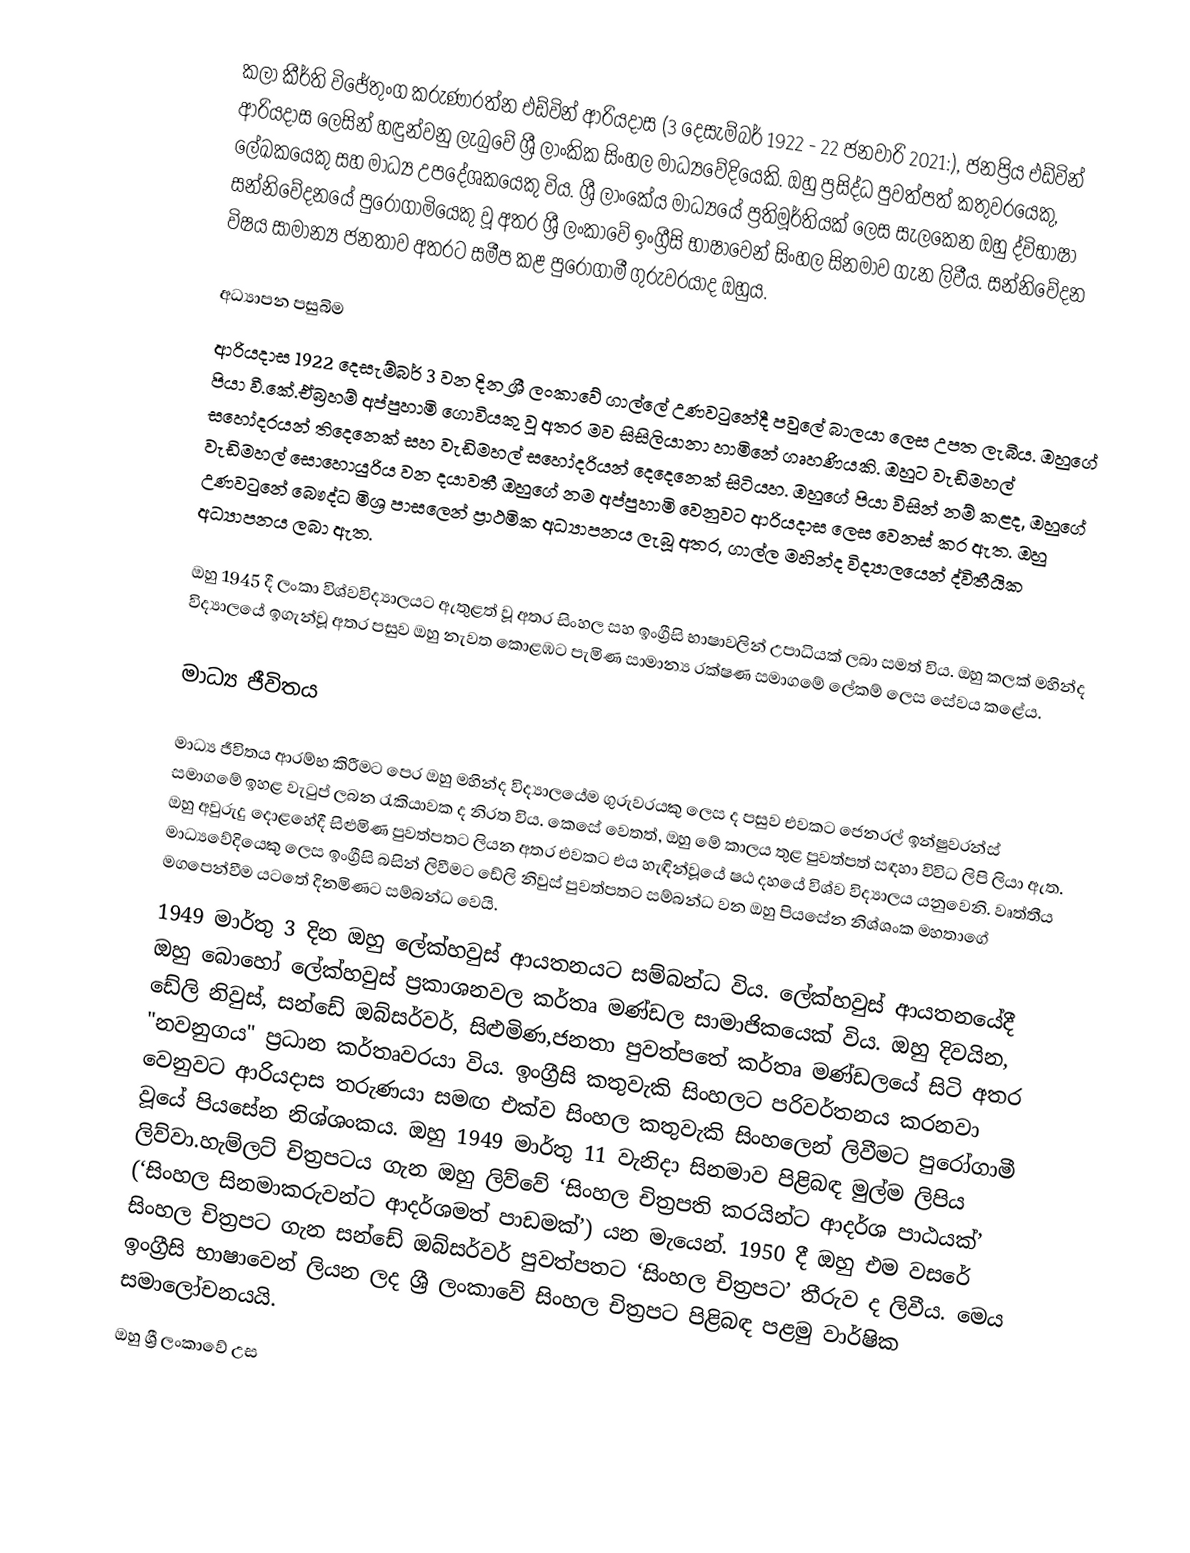
කලා කීර්ති විජේතුංග කරුණාරත්න එඩ්වින් ආරියදාස (3 දෙසැම්බර් 1922 - 22 ජනවාරි 2021:), ජනප්‍රිය එඩ්වින් ආරියදාස ලෙසින් හඳුන්වනු ලැබුවේ ශ්‍රී ලාංකික සිංහල මාධ්‍යවේදියෙකි.  ඔහු ප්‍රසිද්ධ පුවත්පත් කතුවරයෙකු, ලේඛකයෙකු සහ මාධ්‍ය උපදේශකයෙකු විය. ශ්‍රී ලාංකේය මාධ්‍යයේ ප්‍රතිමූර්තියක් ලෙස සැලකෙන ඔහු ද්විභාෂා සන්නිවේදනයේ පුරෝගාමියෙකු වූ අතර ශ්‍රී ලංකාවේ ඉංග්‍රීසි භාෂාවෙන් සිංහල සිනමාව ගැන ලිවීය.  සන්නිවේදන විෂය සාමාන්‍ය ජනතාව අතරට සමීප කළ පුරෝගාමී ගුරුවරයාද ඔහුය.

අධ්‍යාපන පසුබිම
ආරියදාස 1922 දෙසැම්බර් 3 වන දින ශ්‍රී ලංකාවේ ගාල්ලේ උණවටුනේදී පවුලේ බාලයා ලෙස උපත ලැබීය.  ඔහුගේ පියා වී.කේ.ඒබ්‍රහම් අප්පුහාමි ගොවියකු වූ අතර මව සිසිලියානා හාමිනේ ගෘහණියකි.  ඔහුට වැඩිමහල් සහෝදරයන් තිදෙනෙක් සහ වැඩිමහල් සහෝදරියන් දෙදෙනෙක් සිටියහ.  ඔහුගේ පියා විසින් නම් කළද, ඔහුගේ වැඩිමහල් සොහොයුරිය වන දයාවතී ඔහුගේ නම අප්පුහාමි වෙනුවට ආරියදාස ලෙස වෙනස් කර ඇත. ඔහු උණවටුනේ බෞද්ධ මිශ්‍ර පාසලෙන් ප්‍රාථමික අධ්‍යාපනය ලැබූ අතර, ගාල්ල මහින්ද විද්‍යාලයෙන් ද්විතීයික අධ්‍යාපනය ලබා ඇත.

ඔහු 1945 දී ලංකා විශ්වවිද්‍යාලයට ඇතුළත් වූ අතර සිංහල සහ ඉංග්‍රීසි භාෂාවලින් උපාධියක් ලබා සමත් විය.  ඔහු කලක් මහින්ද විද්‍යාලයේ ඉගැන්වූ අතර පසුව ඔහු නැවත කොළඹට පැමිණ සාමාන්‍ය රක්ෂණ සමාගමේ ලේකම් ලෙස සේවය කළේය.

මාධ්‍ය ජීවිතය

මාධ්‍ය ජීවිතය ආරම්භ කිරීමට පෙර ඔහු මහින්ද විද්‍යාලයේම ගුරුවරයකු ලෙස ද පසුව එවකට ජෙනරල් ඉන්ෂුවරන්ස් සමාගමේ ඉහළ වැටුප් ලබන රැකියාවක ද නිරත විය.  කෙසේ වෙතත්, ඔහු මේ කාලය තුළ පුවත්පත් සඳහා විවිධ ලිපි ලියා ඇත.  ඔහු අවුරුදු දොළහේදී සිළුමිණ පුවත්පතට ලියන අතර එවකට එය හැඳින්වූයේ ෂඨ දහයේ විශ්ව විද්‍යාලය යනුවෙනි.  වෘත්තීය මාධ්‍යවේදියෙකු ලෙස ඉංග්‍රීසි බසින් ලිවීමට ඩේලි නිවුස් පුවත්පතට සම්බන්ධ වන ඔහු පියසේන නිශ්ශංක මහතාගේ මගපෙන්වීම යටතේ දිනමිණට සම්බන්ධ වෙයි.
1949 මාර්තු 3 දින ඔහු ලේක්හවුස් ආයතනයට සම්බන්ධ විය.  ලේක්හවුස් ආයතනයේදී ඔහු බොහෝ ලේක්හවුස් ප්‍රකාශනවල කර්තෘ මණ්ඩල සාමාජිකයෙක් විය.  ඔහු දිවයින, ඩේලි නිවුස්, සන්ඩේ ඔබ්සර්වර්, සිළුමිණ,ජනතා පුවත්පතේ කර්තෘ මණ්ඩලයේ සිටි අතර "නවනුගය" ප්‍රධාන කර්තෘවරයා විය. ඉංග්‍රීසි කතුවැකි සිංහලට පරිවර්තනය කරනවා වෙනුවට ආරියදාස තරුණයා සමඟ එක්ව සිංහල කතුවැකි සිංහලෙන් ලිවීමට පුරෝගාමී වූයේ පියසේන නිශ්ශංකය.  ඔහු 1949 මාර්තු 11 වැනිදා සිනමාව පිළිබඳ මුල්ම ලිපිය ලිව්වා.හැම්ලට් චිත්‍රපටය ගැන ඔහු ලිව්වේ ‘සිංහල චිත්‍රපති කරයින්ට ආදර්ශ පාඨයක්’ (‘සිංහල සිනමාකරුවන්ට ආදර්ශමත් පාඩමක්’) යන මැයෙන්.  1950 දී ඔහු එම වසරේ සිංහල චිත්‍රපට ගැන සන්ඩේ ඔබ්සර්වර් පුවත්පතට ‘සිංහල චිත්‍රපට’ තීරුව ද ලිවීය.  මෙය ඉංග්‍රීසි භාෂාවෙන් ලියන ලද ශ්‍රී ලංකාවේ සිංහල චිත්‍රපට පිළිබඳ පළමු වාර්ෂික සමාලෝචනයයි.
ඔහු ශ්‍රී ලංකාවේ උස